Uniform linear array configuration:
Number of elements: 64
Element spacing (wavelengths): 1
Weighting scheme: hamming
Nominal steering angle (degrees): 45
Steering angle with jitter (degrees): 43.9
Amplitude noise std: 0.05
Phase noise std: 0.05

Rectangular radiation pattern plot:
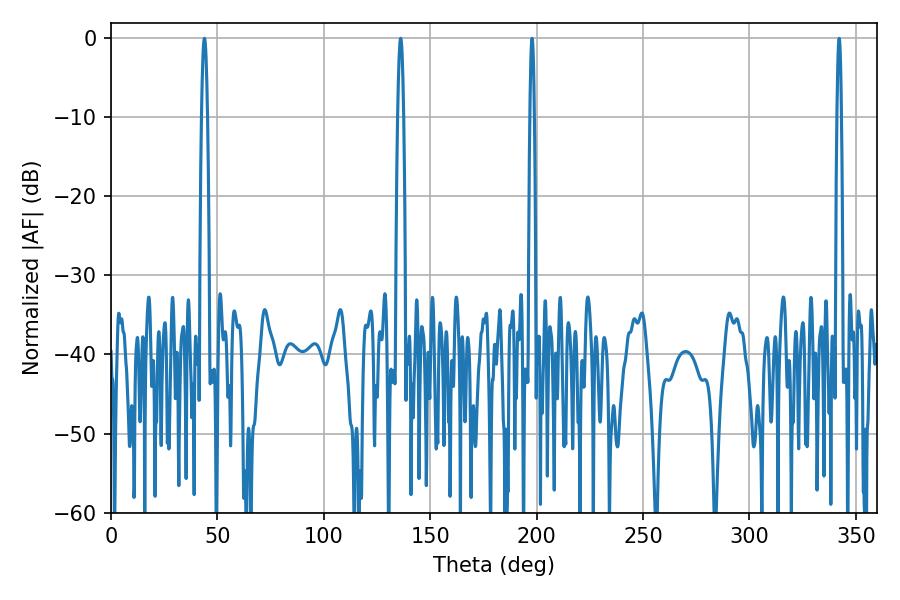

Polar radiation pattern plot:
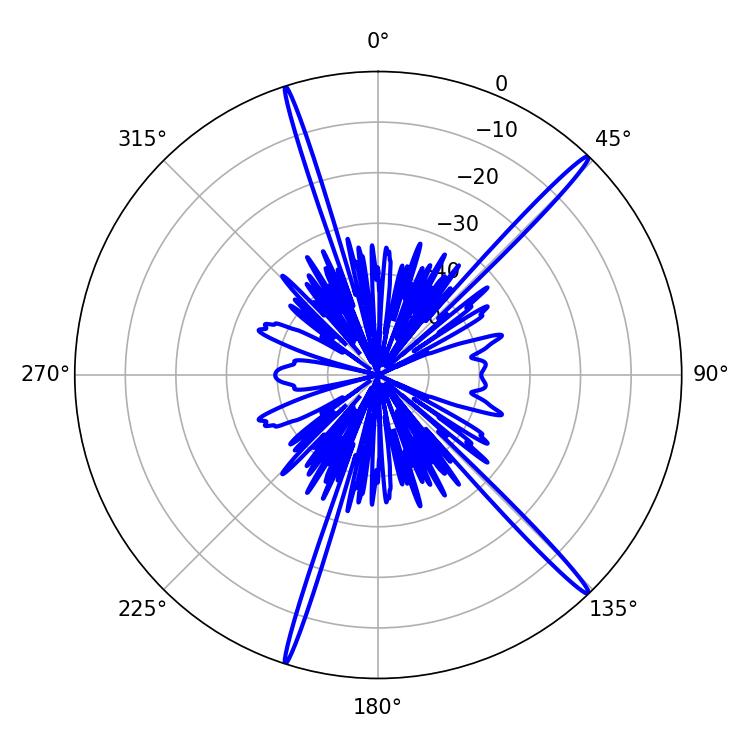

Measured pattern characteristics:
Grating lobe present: TRUE
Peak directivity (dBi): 18.601
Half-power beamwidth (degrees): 1.44
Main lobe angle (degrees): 136.08